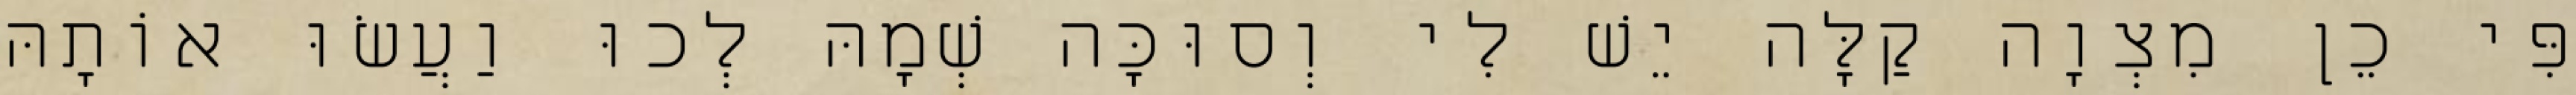
פִּי כֵן מִצְוָה קַלָּה יֵשׁ לִי וְסוּכָּה שְׁמָהּ לְכוּ וַעֲשׂוּ אוֹתָהּ